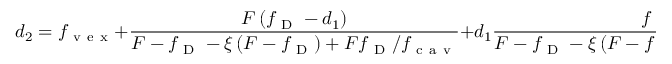
d _ { 2 } = f _ { \mathrm { ~ v ~ e ~ x ~ } } + \frac { F \left( f _ { \mathrm { ~ D ~ } } - d _ { 1 } \right) } { F - f _ { \mathrm { ~ D ~ } } - \xi \left( F - f _ { \mathrm { ~ D ~ } } \right) + F f _ { \mathrm { ~ D ~ } } / f _ { \mathrm { ~ c ~ a ~ v ~ } } } + d _ { 1 } \frac { f _ { \mathrm { ~ D ~ } } } { F - f _ { \mathrm { ~ D ~ } } - \xi \left( F - f _ { \mathrm { ~ D ~ } } \right) + F f _ { \mathrm { ~ D ~ } } / f _ { \mathrm { ~ c ~ a ~ v ~ } } } ,